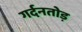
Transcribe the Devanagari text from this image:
गर्दनतोड़